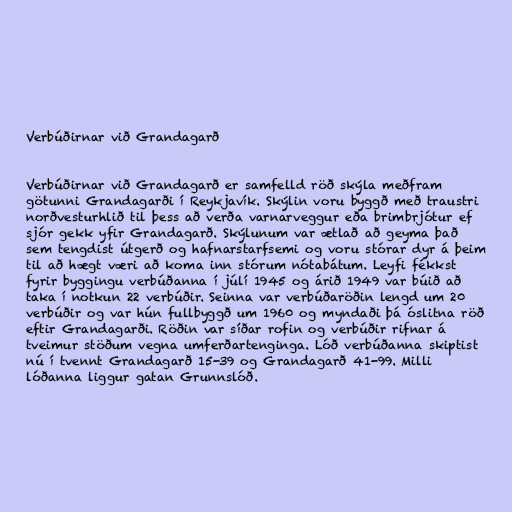
Verbúðirnar við Grandagarð

Verbúðirnar við Grandagarð er samfelld röð skýla meðfram
götunni Grandagarði í Reykjavík. Skýlin voru byggð með traustri
norðvesturhlið til þess að verða varnarveggur eða brimbrjótur ef
sjór gekk yfir Grandagarð. Skýlunum var ætlað að geyma það
sem tengdist útgerð og hafnarstarfsemi og voru stórar dyr á þeim
til að hægt væri að koma inn stórum nótabátum. Leyfi fékkst
fyrir byggingu verbúðanna í júlí 1945 og árið 1949 var búið að
taka í notkun 22 verbúðir. Seinna var verbúðaröðin lengd um 20
verbúðir og var hún fullbyggð um 1960 og myndaði þá óslitna röð
eftir Grandagarði. Röðin var síðar rofin og verbúðir rifnar á
tveimur stöðum vegna umferðartenginga. Lóð verbúðanna skiptist
nú í tvennt Grandagarð 15-39 og Grandagarð 41-99. Milli
lóðanna liggur gatan Grunnslóð.